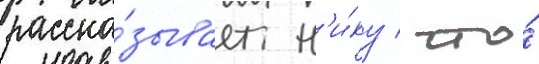
расска́зывает н'и́ку / что́